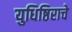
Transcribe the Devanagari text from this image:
युधिष्ठिराचे